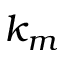
k _ { m }